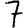
Digit: 7